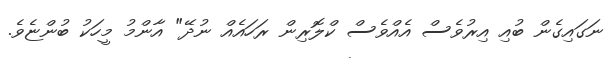
ނަގައިގެން ބުއި އިރުވެސް އެއްވެސް ކްލޮރިން ރަހައެއް ނުދޭ" އާންމު މީހަކު ބުންޏެވެ.